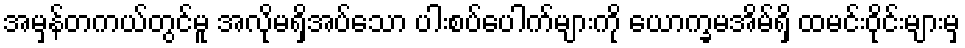
အမှန်တကယ်တွင်မူ အလိုမရှိအပ်သော ပါးစပ်ပေါက်များကို ယောက္ခမအိမ်ရှိ ထမင်းဝိုင်းများမှ